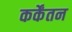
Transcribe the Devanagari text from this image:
कर्केंतन